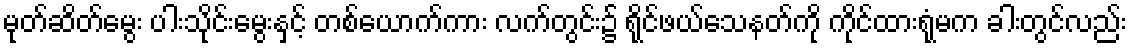
မုတ်ဆိတ်မွေး ပါးသိုင်းမွေးနှင့် တစ်ယောက်ကား လက်တွင်း၌ ရိုင်ဖယ်သေနတ်ကို ကိုင်ထားရုံမက ခါးတွင်လည်း